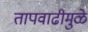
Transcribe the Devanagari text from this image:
तापवाढीमुळे